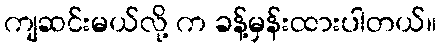
ကျဆင်းမယ်လို့ က ခန့်မှန်းထားပါတယ်။